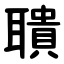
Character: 聵